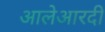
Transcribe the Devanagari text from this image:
आलेआरदी